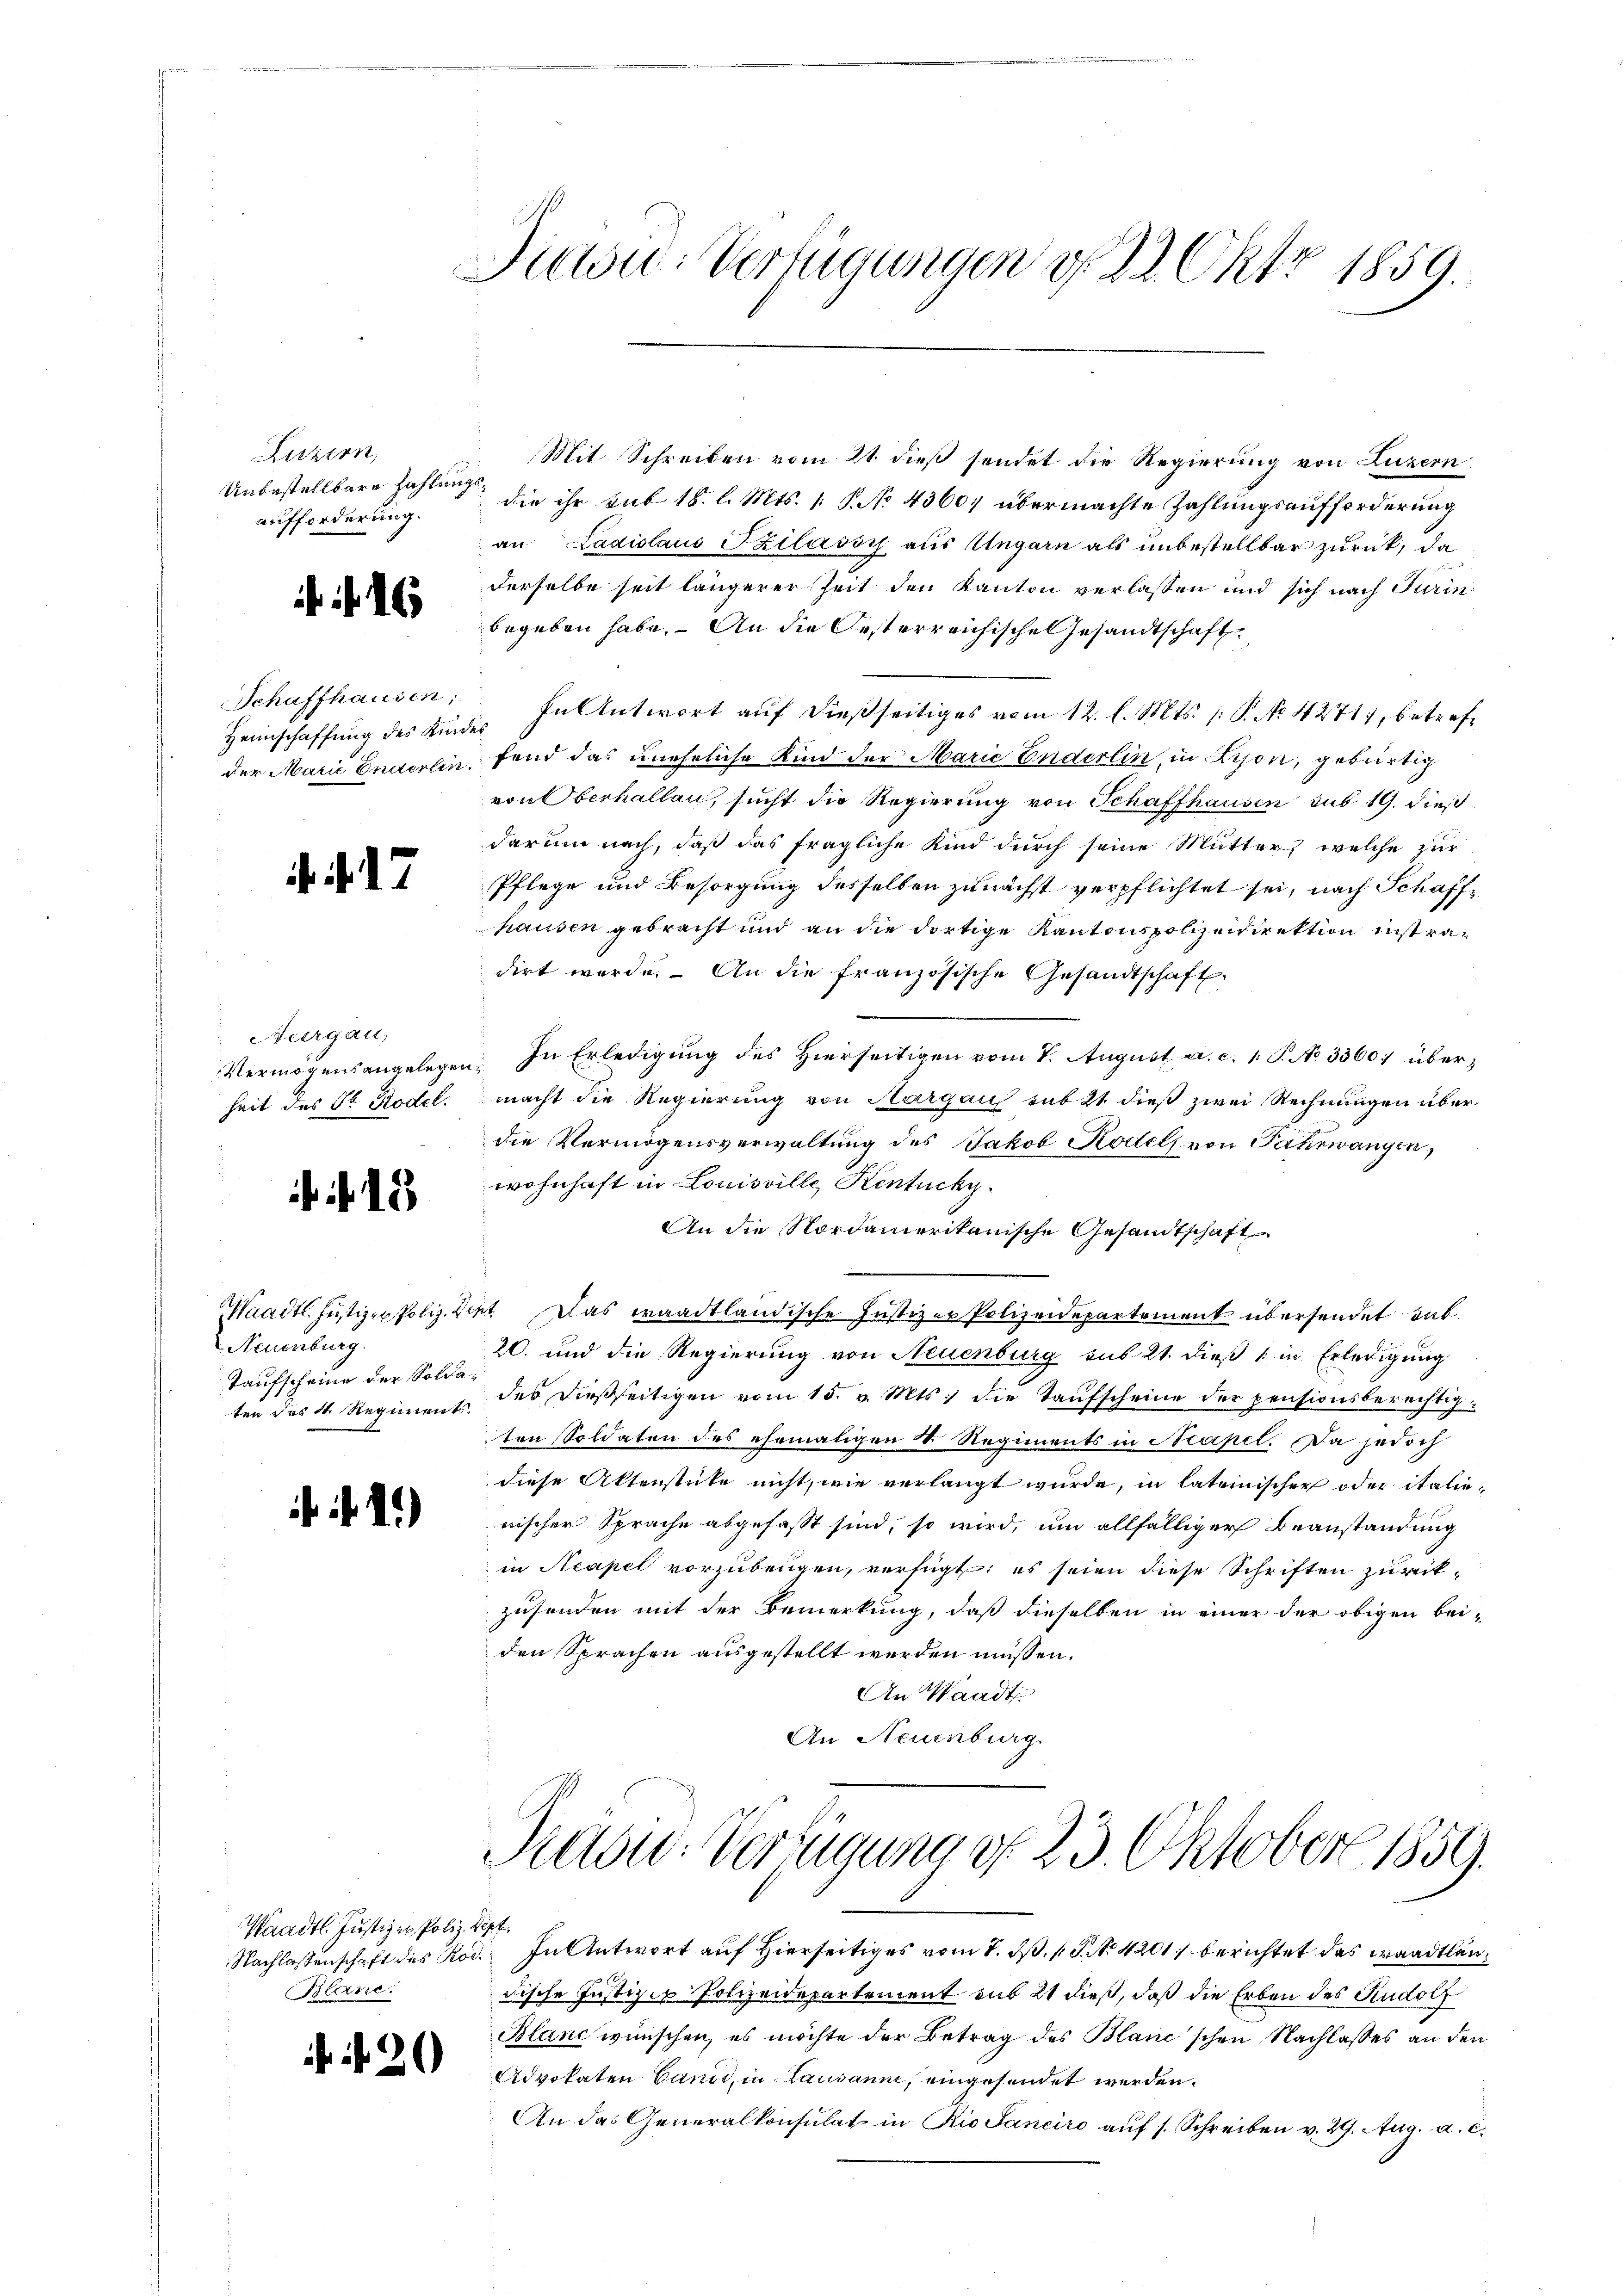
Luzern,
Unbestellbare Zahlung
aufforderung.

i

16

Schaffhausen:
Heimschaffung des Kinde
der Marie Enterlin.

ii 17

Aurgau,
Vermögensangelegen
heit des Fr. Rodel.

f. 18

Neuenburg.
Taufscheine der Soldaten des 4. Regiments.

fif. 11)

Waadt. Justizen Poliz. B.
Blane.

N. 20

Saou: Verfügungen v. 22 Okt 1859.

Mit Schreiben vom 21. dieß sendet die Regierung von Luzern
26
die ihr sub. 18. l. Mts. 1. P. No 4360; übermachte Zahlungsaufforderung
an Ladislaus Szilassy aus Ungarn als unbestellbar zurück, da
derselbe seit längerer Zeit den Kanton verlassen und sich nach Turin
begeben habe. An die Oesterreichische Gesandtschaft
In Antwort auf dießseitiges vom 12. l. Mts. /: P. No 4271, betrefs
fend das uneheliche Kind der Marie Enderlin, in Lyon, gebürtig
von Oberhallen, sucht die Regierung von Schaffhausen sub 19. dieß
darum nach, daß das fragliche Kind durch seine Mutter, welche zur
Pflege und Besorgung desselben zunächst verpflichtet sei, nach Schaffhausen gebracht und an die dortige Kantonspolizeidirektion instradirt werde. An die französische Gesandtschaft
In Erledigung des Hierseitigen vom 7. August a. c. 1. P. No. 3300. überz
macht die Regierung von Aargau sub 21. dieß zwei Rechnungen überdie Vermögensverwaltung des Jakob Kodels von Fahrwangen,
wohnhaft in Louisville, Kentuchy
An die Nordamerikanische Gesandtschaft
Maadtl. Justizen Poliz. Diet. Das waadtländische Justizer Polizeidepartement übersendet hab
20. und die Regierung von Neuenburg aus 21. dieß (in Erledigung
des dießseitigen vom 15. v. Mts. die Taufscheine der pensionsberechtigten Soldaten des ehemaligen S. Regiments in Neapel. Da jedoch
diese Aktenstüke nicht, wie verlangt wurde, in lateinischer oder italienischer Sprache abgefasst sind, so wird, um allfälliger Beanstandung
in Neapel vorzubeugen, verfügt: es seien diese Schriften zurikzusenden mit der Bemerkung, daß dieselben in einer der obigen bei-
den Sprachen ausgestellt werden müssen.
An Waadt
An Neuenburg.

Praow: Verzugung d. 23. Oktober 1859.

ept.
Nachlassenschaft des Rod. In Antwort auf Hierseitiges vom 8. d. 1 S. No 4201) berichtet das Waadtländische Justizip Polizeidepartement sub 21 dieß, daß die Erben des Rudolf
Blanc wünschen, es möchte der Betrag des Blanc'schen Nachlasses an den
Advokaten Candi, in Lausann, eingesendet werden.
An das Generalkonsulat in Rio Saneiro auf s. Schreiben v. 29. Aug. a. c.